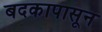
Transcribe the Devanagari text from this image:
बदकापासून